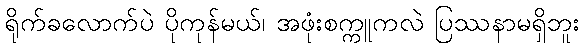
ရိုက်ခလောက်ပဲ ပိုကုန်မယ်၊ အဖုံးစက္ကူကလဲ ပြဿနာမရှိဘူး